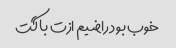
خوب بود راضیم ازت باگت